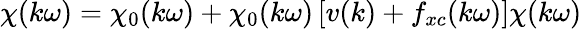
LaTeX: \chi(k\omega)=\chi_{0}(k\omega)+\chi_{0}(k\omega)\left[v(k)+f_{xc}(k\omega)\right]\chi(k\omega)